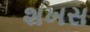
શખસ